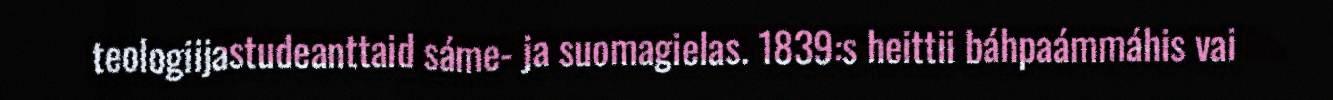
teologiijastudeanttaid sáme- ja suomagielas. 1839:s heittii báhpaámmáhis vai